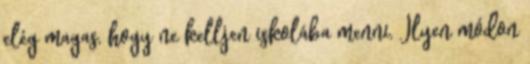
elég magas, hogy ne kelljen iskolába menni. Ilyen módon